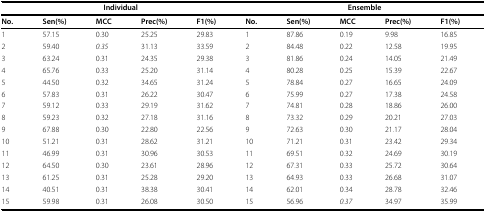
<table><thead><tr><td colspan="5"><b>Individual</b></td><td colspan="5"><b>Ensemble</b></td></tr></thead><tbody><tr><td><b>No</b>.</td><td><b>Sen(%)</b></td><td><b>MCC</b></td><td><b>Prec(%)</b></td><td><b>F1(%)</b></td><td><b>No</b>.</td><td><b>Sen(%)</b></td><td><b>MCC</b></td><td><b>Prec(%)</b></td><td><b>F1(%)</b></td></tr><tr><td>1</td><td>57.15</td><td>0.30</td><td>25.25</td><td>29.83</td><td>1</td><td>87.86</td><td>0.19</td><td>9.98</td><td>16.85</td></tr><tr><td>2</td><td>59.40</td><td><i>0.35</i></td><td>31.13</td><td>33.59</td><td>2</td><td>84.48</td><td>0.22</td><td>12.58</td><td>19.95</td></tr><tr><td>3</td><td>63.24</td><td>0.31</td><td>24.35</td><td>29.38</td><td>3</td><td>81.86</td><td>0.24</td><td>14.05</td><td>21.49</td></tr><tr><td>4</td><td>65.76</td><td>0.33</td><td>25.20</td><td>31.14</td><td>4</td><td>80.28</td><td>0.25</td><td>15.39</td><td>22.67</td></tr><tr><td>5</td><td>44.50</td><td>0.32</td><td>34.65</td><td>31.24</td><td>5</td><td>78.84</td><td>0.27</td><td>16.65</td><td>24.09</td></tr><tr><td>6</td><td>57.83</td><td>0.31</td><td>26.22</td><td>30.47</td><td>6</td><td>75.99</td><td>0.27</td><td>17.38</td><td>24.58</td></tr><tr><td>7</td><td>59.12</td><td>0.33</td><td>29.19</td><td>31.62</td><td>7</td><td>74.81</td><td>0.28</td><td>18.86</td><td>26.00</td></tr><tr><td>8</td><td>59.23</td><td>0.32</td><td>27.18</td><td>31.16</td><td>8</td><td>73.32</td><td>0.29</td><td>20.21</td><td>27.03</td></tr><tr><td>9</td><td>67.88</td><td>0.30</td><td>22.80</td><td>22.56</td><td>9</td><td>72.63</td><td>0.30</td><td>21.17</td><td>28.04</td></tr><tr><td>10</td><td>51.21</td><td>0.31</td><td>28.62</td><td>31.21</td><td>10</td><td>71.21</td><td>0.31</td><td>23.42</td><td>29.34</td></tr><tr><td>11</td><td>46.99</td><td>0.31</td><td>30.96</td><td>30.53</td><td>11</td><td>69.51</td><td>0.32</td><td>24.69</td><td>30.19</td></tr><tr><td>12</td><td>64.50</td><td>0.30</td><td>23.61</td><td>28.96</td><td>12</td><td>67.31</td><td>0.33</td><td>25.72</td><td>30.64</td></tr><tr><td>13</td><td>61.25</td><td>0.31</td><td>25.28</td><td>29.20</td><td>13</td><td>64.93</td><td>0.33</td><td>26.68</td><td>31.07</td></tr><tr><td>14</td><td>40.51</td><td>0.31</td><td>38.38</td><td>30.41</td><td>14</td><td>62.01</td><td>0.34</td><td>28.78</td><td>32.46</td></tr><tr><td>15</td><td>59.98</td><td>0.31</td><td>26.08</td><td>30.50</td><td>15</td><td>56.96</td><td><i>0.37</i></td><td>34.97</td><td>35.99</td></tr></tbody></table>